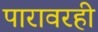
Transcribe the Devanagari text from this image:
पारावरही